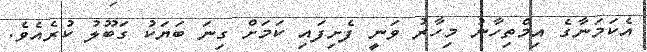
އެކަމަނާގެ އިމްތިހާނު މިހާރު ވަނީ ފެށިފައި ކަމަށް ގިނަ ބަޔަކު ގަބޫލު ކުރެއެވެ.